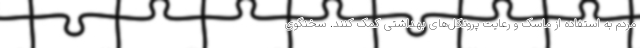
مردم به استفاده از ماسک و رعایت پروتکل‌های بهداشتی کمک کنند. سخنگوی